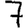
Digit: 7